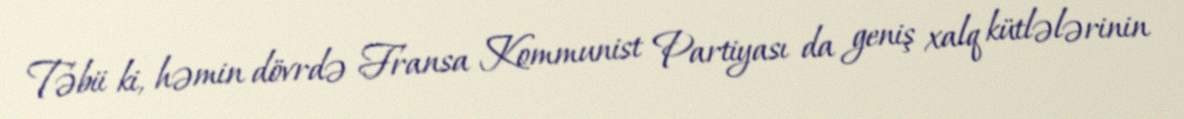
Təbii ki, həmin dövrdə Fransa Kommunist Partiyası da geniş xalq kütlələrinin